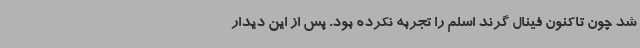
شد چون تاکنون فینال گرند اسلم را تجربه نکرده بود. پس از این دیدار